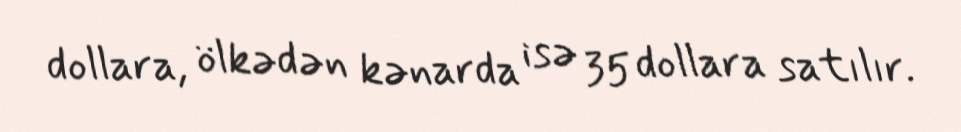
dollara, ölkədən kənarda isə 35 dollara satılır.